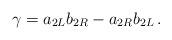
LaTeX: \begin{align*}\gamma = a_{2L} b_{2R} - a_{2R} b_{2L} \,.\end{align*}